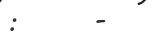
:      -